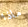
ماذا